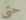
حتى